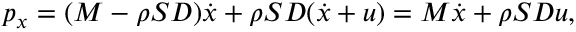
p _ { x } = ( M - \rho S D ) \dot { x } + \rho S D ( \dot { x } + u ) = M \dot { x } + \rho S D u ,